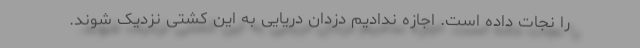
را نجات داده است. اجازه ندادیم دزدان دریایی به این کشتی نزدیک شوند.